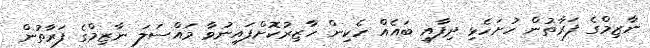
ނާޒިމްގެ ފަރާތުން ހުށަހެޅި ދިފާއީ ބައެއް ހެކިން ހާޒިރުކޮށްފައިނުވާ މައްސަލަ ނާޒިމްގެ ފަރާތުން